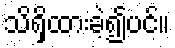
သိရှိထားခဲ့၍ပင်။